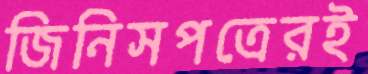
জিনিসপত্রেরই